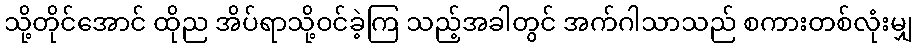
သို့တိုင်အောင် ထိုည အိပ်ရာသို့ဝင်ခဲ့ကြ သည့်အခါတွင် အက်ဂါသာသည် စကားတစ်လုံးမျှ